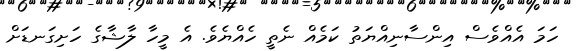
ހަމަ އެއްވެސް އިންސާނިއްޔަތު ކަމެއް ނެތީ ހެއްޔެވެ. އެ މީހާ ލާޝާގެ ހަށިގަނޑަށް